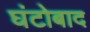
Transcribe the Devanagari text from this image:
घंटोबाद